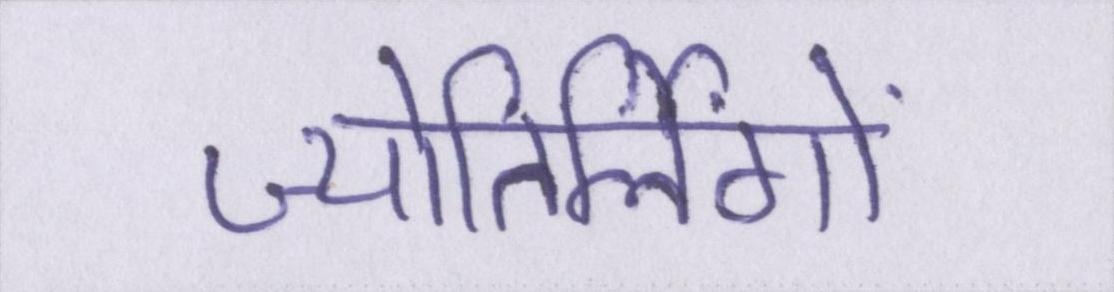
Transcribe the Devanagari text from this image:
ज्योतिर्लिंगों